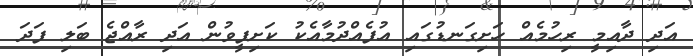
އަދި ދާއިމީ ރިހުމެއް ހަށިގަނޑުގައި އުފެއްދުމާއެކު ކަށިފީވުން އަދި ރާއްޖެ ބަލި ފަދަ